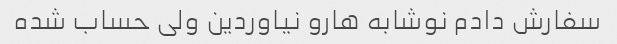
سفارش دادم نوشابه هارو نیاوردین ولی حساب شده